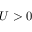
U > 0